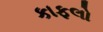
કાફલો